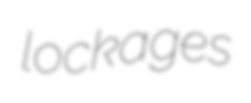
lockages